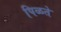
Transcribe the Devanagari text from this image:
पिळते